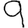
Digit: 9